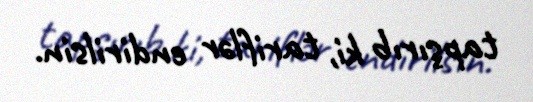
tapşırıb ki, tariflər endirilsin.